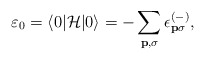
\begin{align*}\varepsilon_0 = \langle 0| {\cal H} |0 \rangle = - \sum_{{\bf {p}}, \sigma} \epsilon_{{\bf {p}} \sigma}^{(-)},\end{align*}